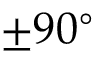
\pm 9 0 ^ { \circ }